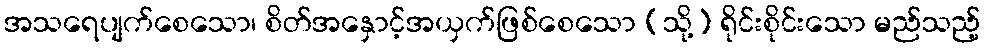
အသရေပျက်စေသော၊ စိတ်အနှောင့်အယှက်ဖြစ်စေသော (သို့) ရိုင်းစိုင်းသော မည်သည့်